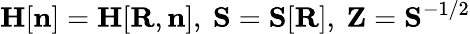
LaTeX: {\mathbf H}[{\mathbf n}]={\mathbf H}[{\mathbf R},{\mathbf n}],~{\mathbf S}={\mathbf S}[{\mathbf R}],~{\mathbf Z}={\mathbf S}^{-1/2}